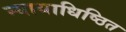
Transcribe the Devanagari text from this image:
न्यायाधिष्ठित